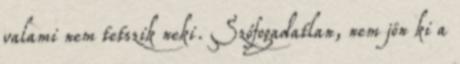
valami nem tetszik neki. Szófogadatlan, nem jön ki a